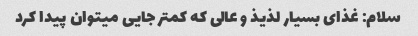
سلام: غذای بسیار لذیذ و عالی که کمتر جایی میتوان پیدا کرد